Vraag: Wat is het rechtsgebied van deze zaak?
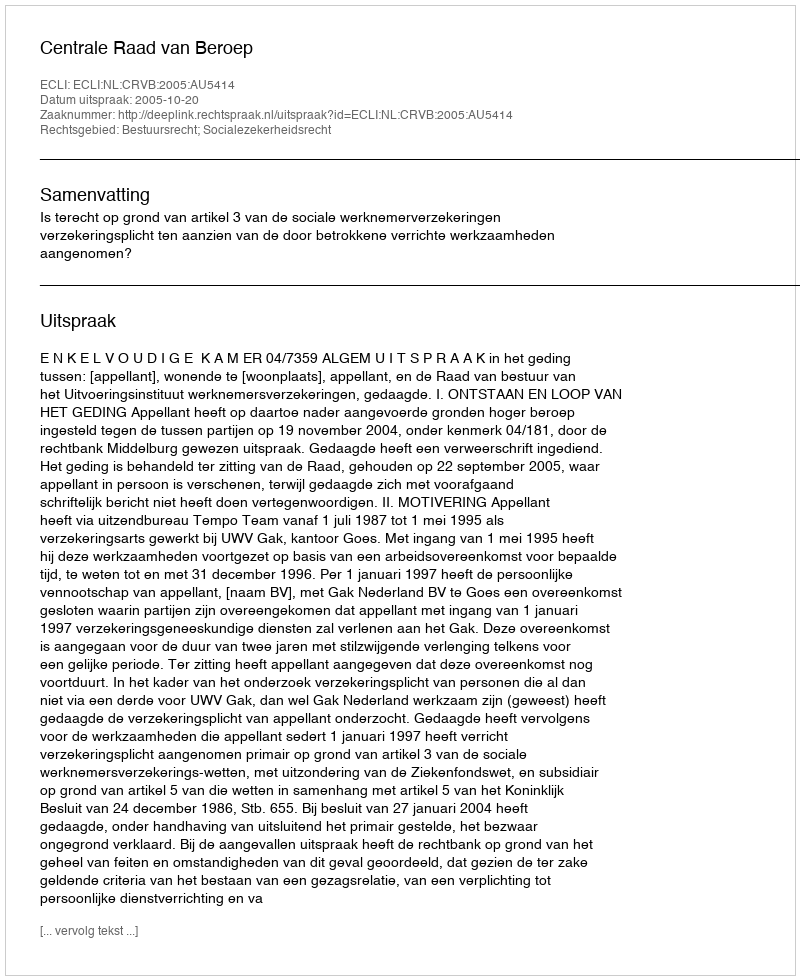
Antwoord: Bestuursrecht; Socialezekerheidsrecht